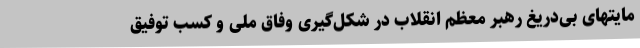
مایتهای بی‌دریغ رهبر معظم انقلاب در شکل‌گیری وفاق ملی و کسب توفیق